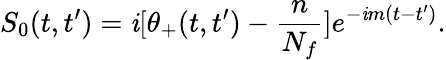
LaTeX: S_{0}(t,t^{\prime})=\mathit{i}[\theta_{+}(t,t^{\prime})-{\frac{{n}}{{N_{f}}}}]e^{-\mathit{i}m(t-t^{\prime})}.